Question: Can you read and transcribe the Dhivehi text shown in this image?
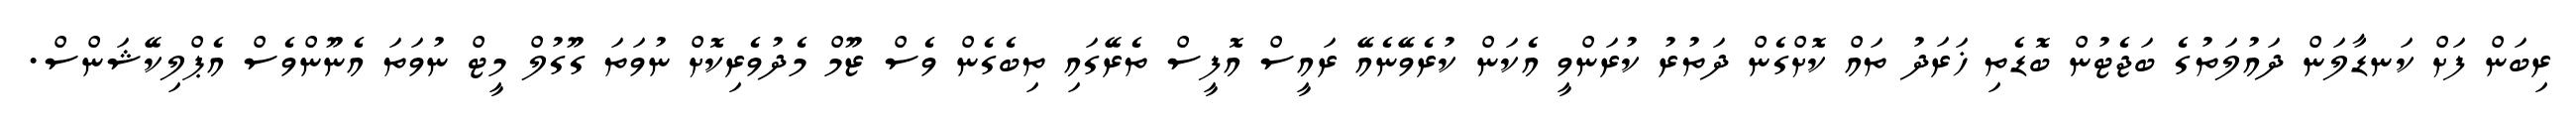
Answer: ރިބަން ފަށް ކަނޑާލަން ދައުލަތުގެ ބަޖެޓުން ބޮޑެތި ޚަރަދު ތައް ކޮށްގެން ދަތުރު ކުރަންވީ އެކަން ކުރެވޭނެއޭ ރައީސް އޮފީސް ތެރޭގައި ތިބެގެން ވެސް ޒޫމް މެދުވެރިކޮށް ނުވަތަ ގޫގުލް މީޓް ނުވަތަ އެނޫންވެސް އެޕްލިކޭޝަންސް.